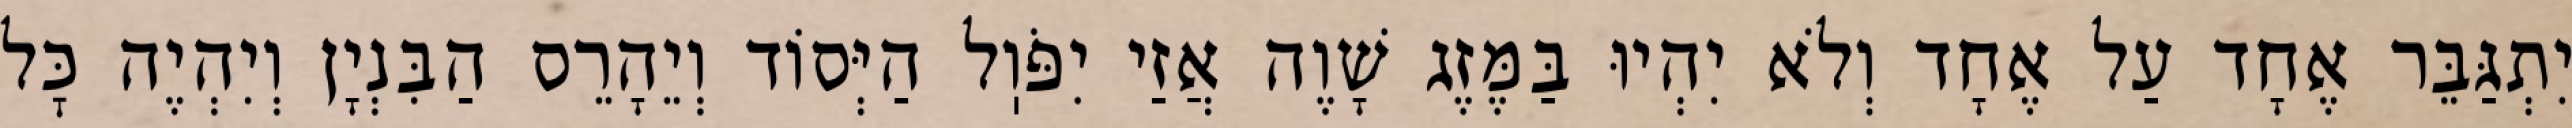
יִתְגַּבֵּר אֶחָד עַל אֶחָד וְלֹא יִהְיוּ בַּמֶּזֶג שָׁוֶה אֲזַי יִפֹּוֽל הַיְּסוֹד וְיֵהָרֵס הַבִּנְיָן וְיִהְיֶה כׇּל